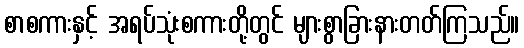
စာစကားနှင့် အရပ်သုံးစကားတို့တွင် များစွာခြားနားတတ်ကြသည်။